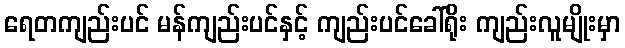
ရေတကျည်းပင် မန်ကျည်းပင်နှင့် ကျည်းပင်ခေါ်ရိုး ကျည်းလူမျိုးမှာ